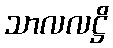
သာလလဋ္ဌိ